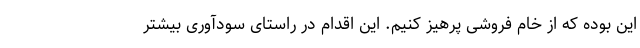
این بوده که از خام فروشی پرهیز کنیم. این اقدام در راستای سودآوری بیشتر